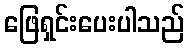
ဖြေရှင်းပေးပါသည်